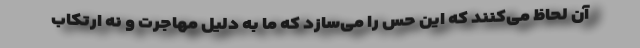
آن لحاظ می‌کنند که این حس را می‌سازد که ما به دلیل مهاجرت و نه ارتکاب